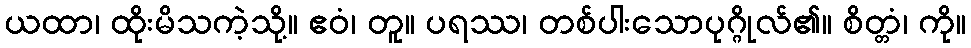
ယထာ၊ ထိုးမိသကဲ့သို့။ ဧဝံ၊ တူ။ ပရဿ၊ တစ်ပါးသောပုဂ္ဂိုလ်၏။ စိတ္တံ၊ ကို။